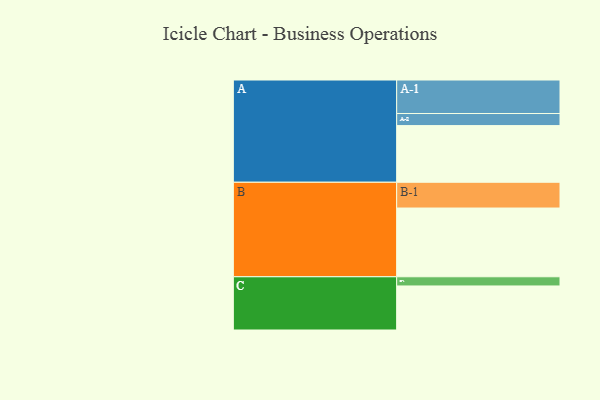
{"axis": {"x": "Segment", "y": "Value"}, "legend": ["", "A", "B", "C"], "data": [{"x": "A", "y": 431, "type": ""}, {"x": "B", "y": 523, "type": ""}, {"x": "C", "y": 335, "type": ""}, {"x": "A-1", "y": 255, "type": "A"}, {"x": "A-2", "y": 92, "type": "A"}, {"x": "B-1", "y": 196, "type": "B"}, {"x": "C-1", "y": 70, "type": "C"}]}